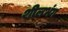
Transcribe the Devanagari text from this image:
शीलभंग